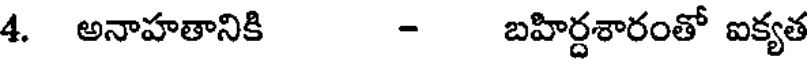
4. అనాహతానికి - బహిర్దశారంతో ఐక్యత